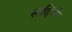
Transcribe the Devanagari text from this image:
सदिमे